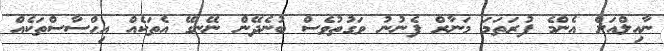
ނާއިލްއަށް އެންމެ ފުރަތަމަ މަނާރް ފެނުނު ވަގުުތުވެސް ބުނެދޭން ނޭނގޭ އެތަކެއް އިޙްސާސްތަކެއް